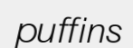
puffins